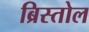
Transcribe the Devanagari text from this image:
ब्रिस्तोल